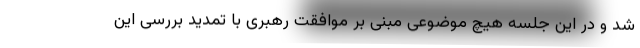
شد و در این جلسه هیچ موضوعی مبنی بر موافقت رهبری با تمدید بررسی این